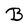
Character: B